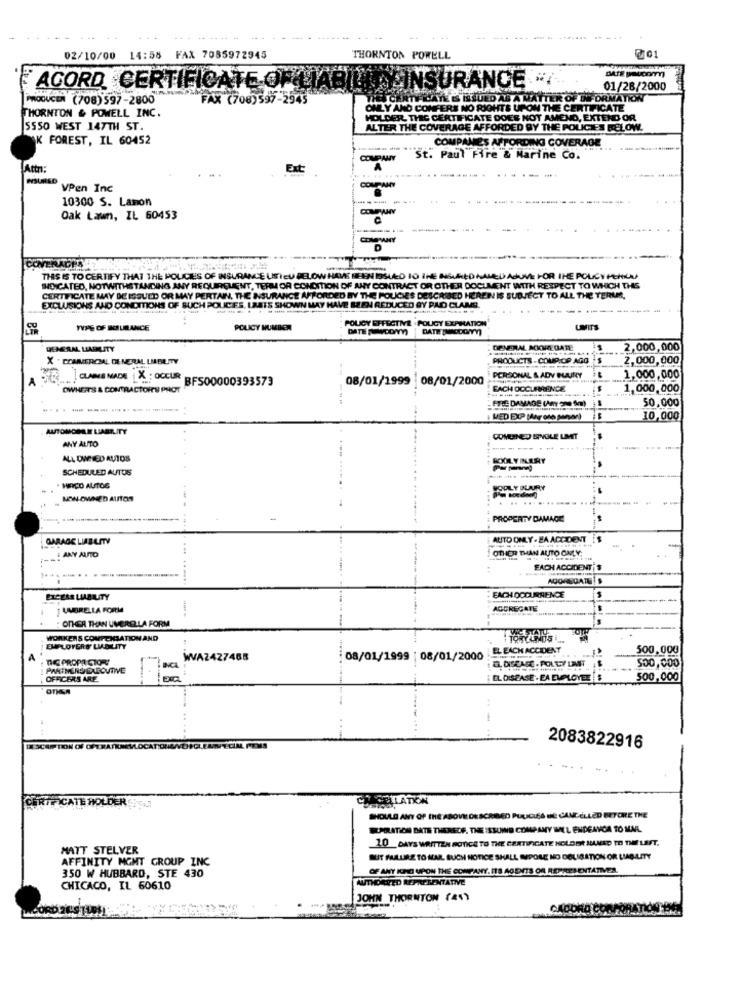
02/10/00 14:58 FAX 7085972945
THORNTON POWELL
DATE PEUcom
ACORD CERTIFICATE OF LIABILITY INSURANCE
01/28/2000
PRODUCEN (708) 597-2800
FAX (708)597-2945
ATE S ISSUED AS A MATTER OF WWFORMATKW
THORNTON & POWELL INC.
ONLY AND CONFERE NO RIGHTS UPON THE CERTIFICATE
HOLDER, THIS CERTIFICATE DOES NOT AMENO, EXTEND OR
SSSO WEST 147TH ST.
ALTER THE COVERAGE AFFORDED BY THE POLICIES RELOW.
K FOREST, IL 60452
COMPANIES AFFORDING COVERAGE
COMPANY
St. Paul Fire & Marine Co.
Attn:
VPen Inc
10300 S. Lamon
-- --
Oak Lawn, IL 60453
ERACI
THIS IS TO CERTIFY THAT THE POLICIES OF INSURANCE USTED BELOW HAVE BEEN ISSUED IO IH
UVE FOR THE POLICY PERLA
INDICATED, NOTWITHSTANDING ANY REQUIRQUENT, TERM OR CONDITION OF ANY CONTRACT OR OTHER DOCUMENT WITH RESPECT TO WHICH THE
CERTIFICATE MAY DE ISSUED OR MAY PERTAIN, THE INSURANCE AFFORDED BY THE POLICIES DESCRIBED HEREIN IS SUBJECT TO ALL THE TERLAR,
POLICY EFFECTIVE . POLICY EXPIRATION
TYPE OF INSURANCE
POLICY NUMBER
DATE POWODY)
DATE TODONYY]
UMITS
GENERAL LIABILITY
GENERAL ACIOREGATE
2,000,000
X . COMMERCIAL GENERAL LIABILITY
PRODUCTS - COUP OP AGO
2,000,000
A
CLAIMSMADE X : OCCUR
500000393573
08/01/1999 08/01/2000
PERSONAL & ADY BUURY
1,000,000
OWHERE'S & CONTRACTORS PROT
EACH DOCLEMENCE
1,000,000
-----
: ETIE DAMAGE (AnY > S)
50,000
-.
10,000
AUTOMOBI LIAERITY
ANY ALITO
COMEINED ESPVOLE LIMET
ALL OWNED AUTOS
COOL Y INERY
SCHEDULED AUTOS
MIRCO AUTOS
PODLY BUURY
NON OWNED ALITON
PROPERTY DAMAGE
------
GARAGE LIABLITY
AUTO ONLY . EA ACCIDENT
# ANY AUTO
OTHER THAN AUTO OMLY:
FACH ACCIDENT
EACH OCCURRENCE
LABRELLA FORM
AGGREGATE
OTHER THAN UMBRELLA FORM
WORKERS COMPENSATION AND
EMPLOYERS LIABILITY
BEACH ACCIDENT
500.000
A
THE PROPA CTOR!
WAZ427468
08/01/1999 | 08/01/2000
, DISCARC . POLLY LANT
500,000
I PANTHERS DA BOUTIVE
OFFICERS ARE
EL DISEASE . EA EMPLOYEE
500,000
2083822916
CATE HOLDER
COMPILATION
SHOULD ANY OF THE ABOVEL DESCRIBED PUUICLES BE CANCELLED EEYORE THE
PORATION DATE THEREOF. THE ISSUING COMPANY IMEL ENDEAVOA TO MAIL.
10 DAYS WRITTEN NOTICE TO THE CERTIFICATE HOLDER HANED TO THELEFT.
MATT STELVER
AFFINITY MGMT GROUP INC
BUT FULLIRE TO MAR. BUCH NOTICE SHALL SPOLE NO DELISATION OR LIABILITY
OF ANY ICHO UPON THE COMPANY. ITS AGDITS OF REPRESENTATIVES.
350 W HUBBARD, STE 430
AUTHORRED REPRESENTATIVE
CHICACO, IL 60610
JOHN THORNTON ( 21)